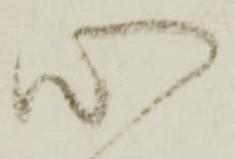
心